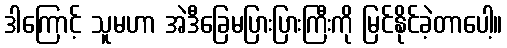
ဒါကြောင့် သူမဟာ အဲဒီခြေမပြားပြားကြီးကို မြင်နိုင်ခဲ့တာပေါ့။